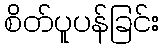
စိတ်ပူပန်ခြင်း